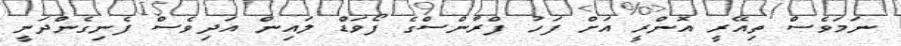
ނަމަވެސް ތިއޭރީ އޮންރީ އަށް ފަހު ފްރާންސްގެ ފޯވަޑް ލައިން އަދިވެސް ފެނިގެންދަނީ